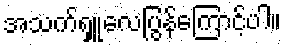
အသက်ရှူလေပြွန်ကြောင့်ပါ။